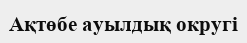
Ақтөбе ауылдық округі